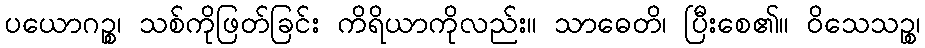
ပယောဂဉ္စ၊ သစ်ကိုဖြတ်ခြင်း ကိရိယာကိုလည်း။ သာဓေတိ၊ ပြီးစေ၏။ ဝိသေသဉ္စ၊